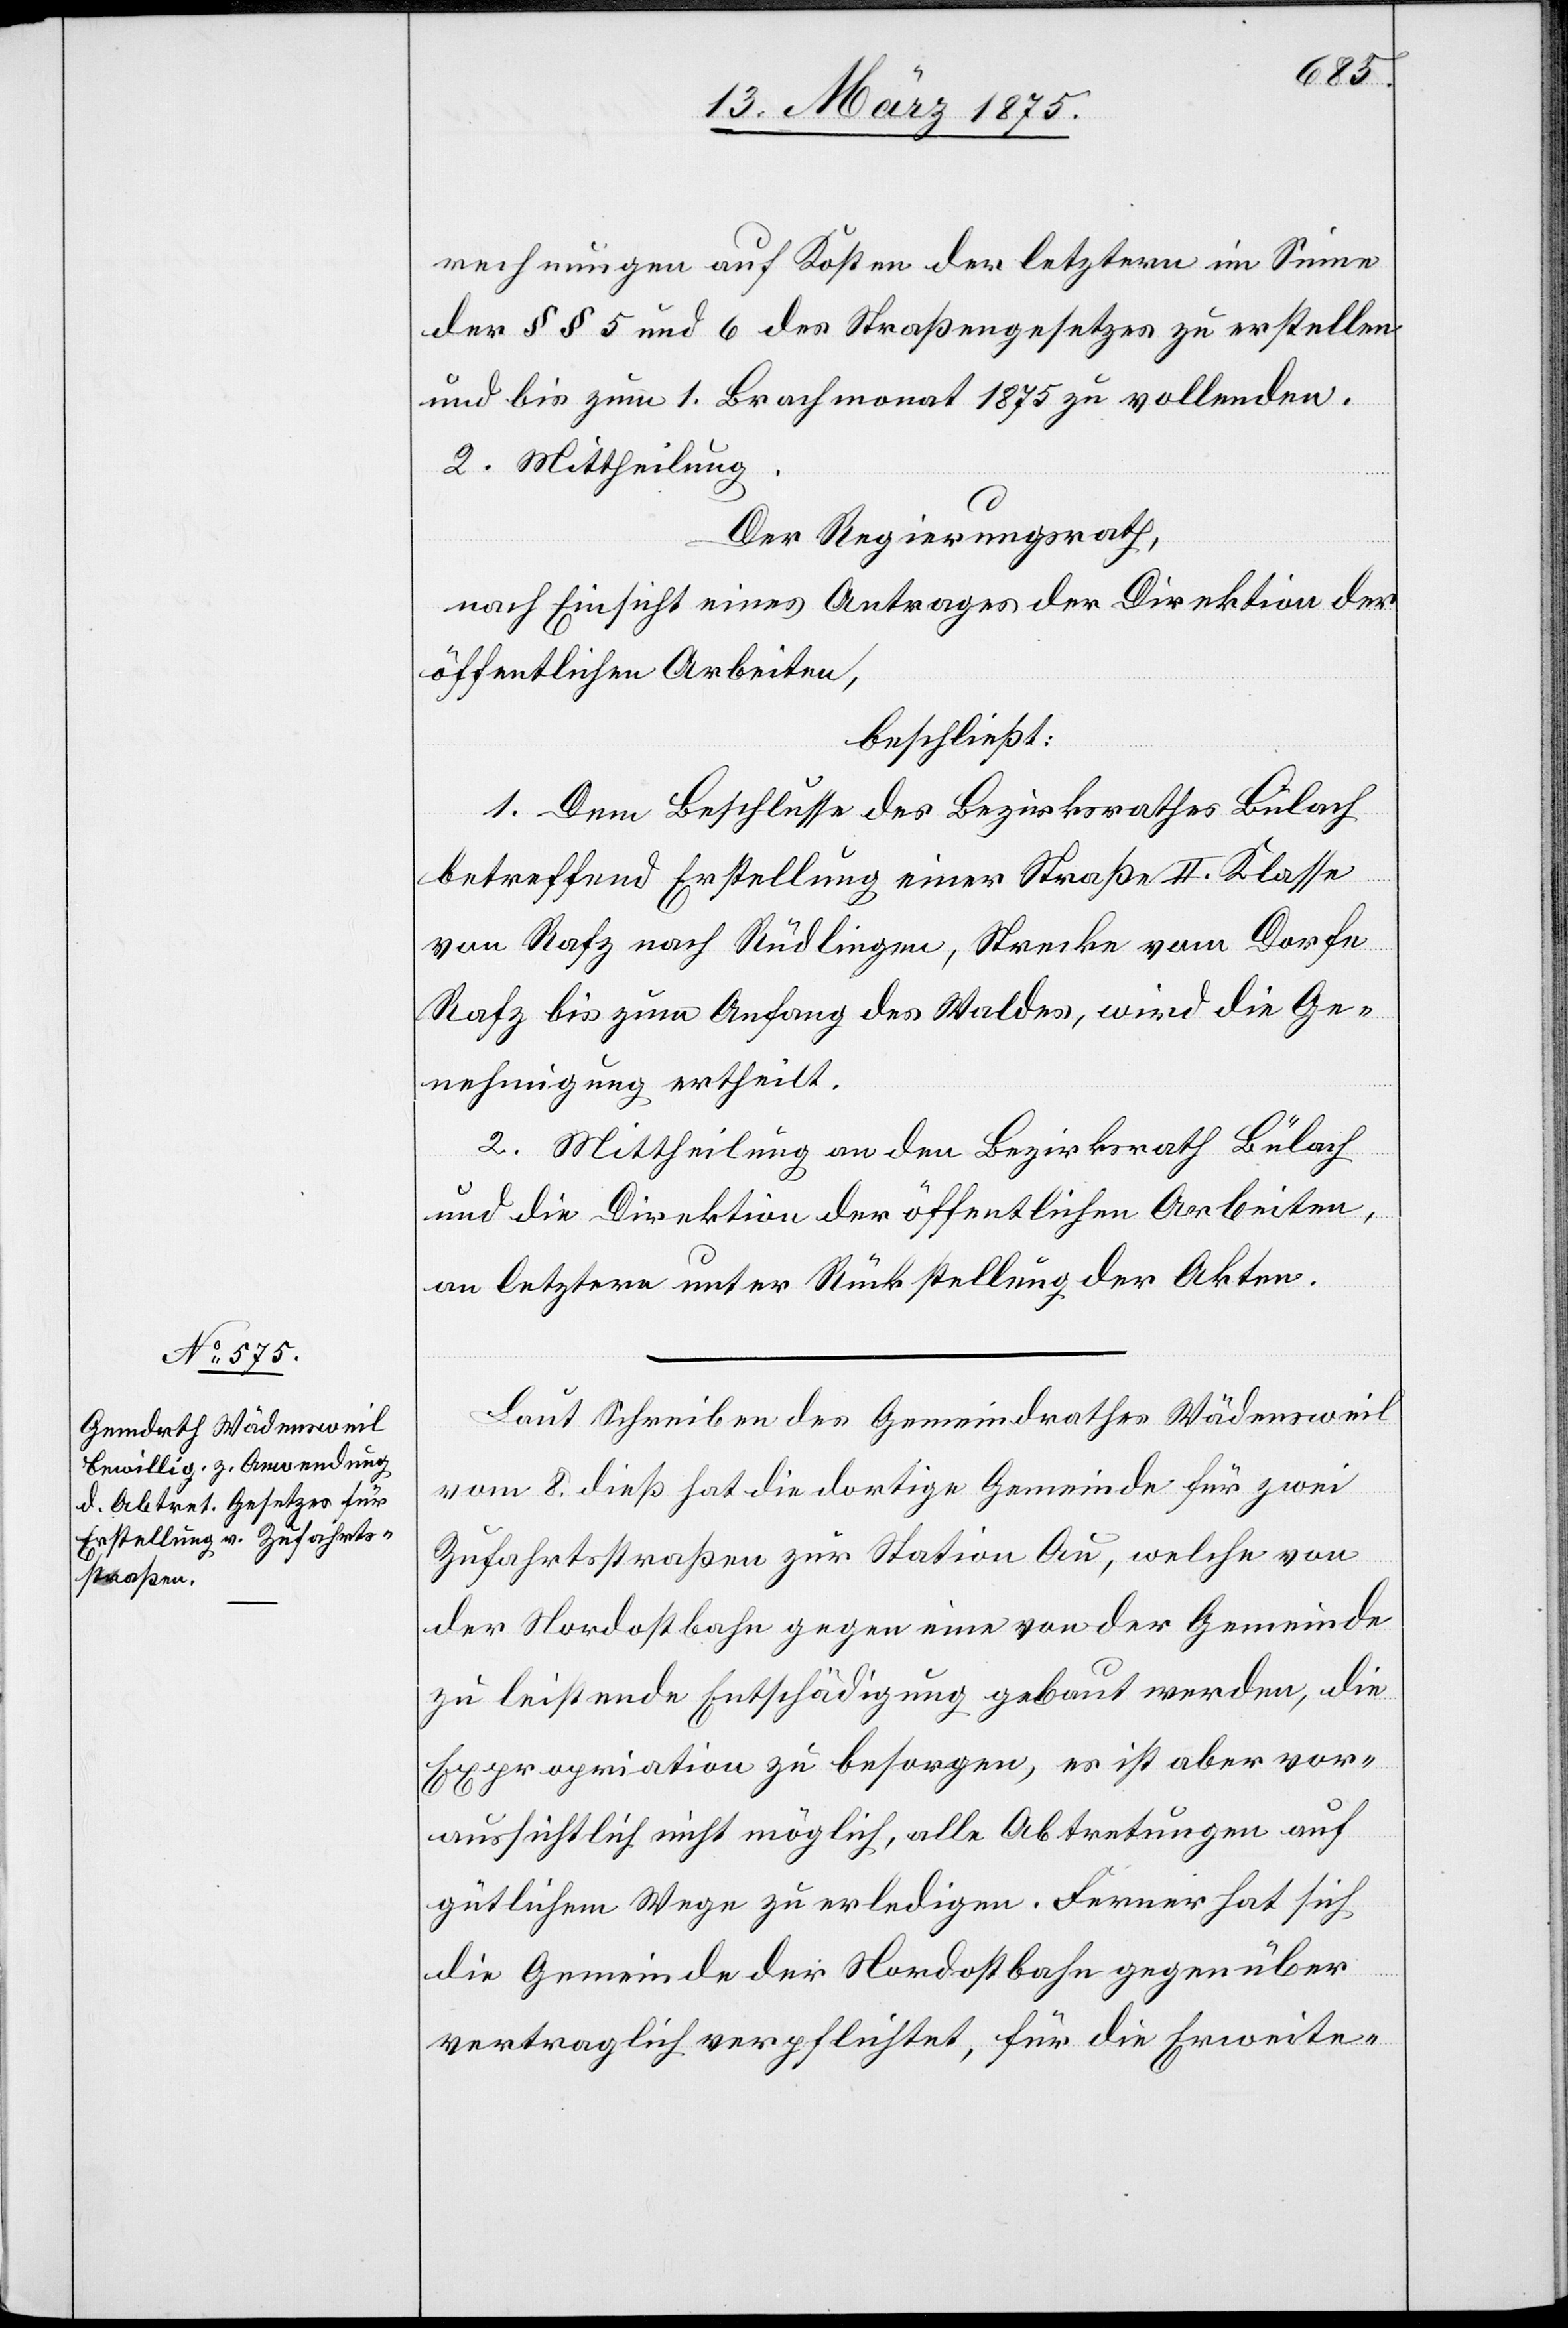
rechnungen auf Kosten der letztern im Sinne
der § § 5 und 6 des Straßengesetzes zu erstellen
und bis zum 1. Brachmonat 1875 zu vollenden.
2.Mittheilung.
Der Regierungsrath,
nach Einsicht eines Antrages der Direktion der
öffentlichen Arbeiten,
beschließt:
1. Dem Beschlusse des Bezirksrathes Bülach
betreffend Erstellung einer Straße II. Klasse
von Rafz nach Rüdlingen, Strecke vom Dorfe
Rafz bis zum Anfang des Waldes, wird die Ge¬
nehmigung ertheilt.
2. Mittheilung an den Bezirksrath Bülach
und die Direktion der öffentlichen Arbeiten,
an letztere unter Rückstellung der Akten.
Laut Schreiben des Gemeindrathes Wädensweil
vom 8. dieß hat die dortige Gemeinde für zwei
Zufahrtsstraßen zur Station Au, welche von
der Nordostbahn gegen eine von der Gemeinde
zu leistende Entschädigung gebaut werden, die
Expropriation zu besorgen, es ist aber vor¬
aussichtlich nicht möglich, alle Abtretungen auf
gütlichem Wege zu erledigen. Ferner [hat] sich
die Gemeinde der Nordostbahn gegenüber
vertraglich verpflichtet, für die Erweite-